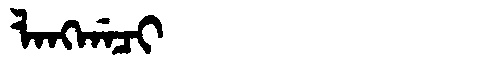
Manchu: ᠯᠠᠩᡤᠠᠴᡳ
Romanization: LANGGACI